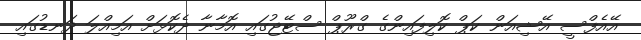
އޭއެފްސީ އޭޝިއަން ކަޕް ކޮލިފައިންގެ ގްރޫޕް ސްޓޭޖުގައި އޮމާނާ ދެކޮޅަށް އަމިއްލަ ދަނޑުގައި